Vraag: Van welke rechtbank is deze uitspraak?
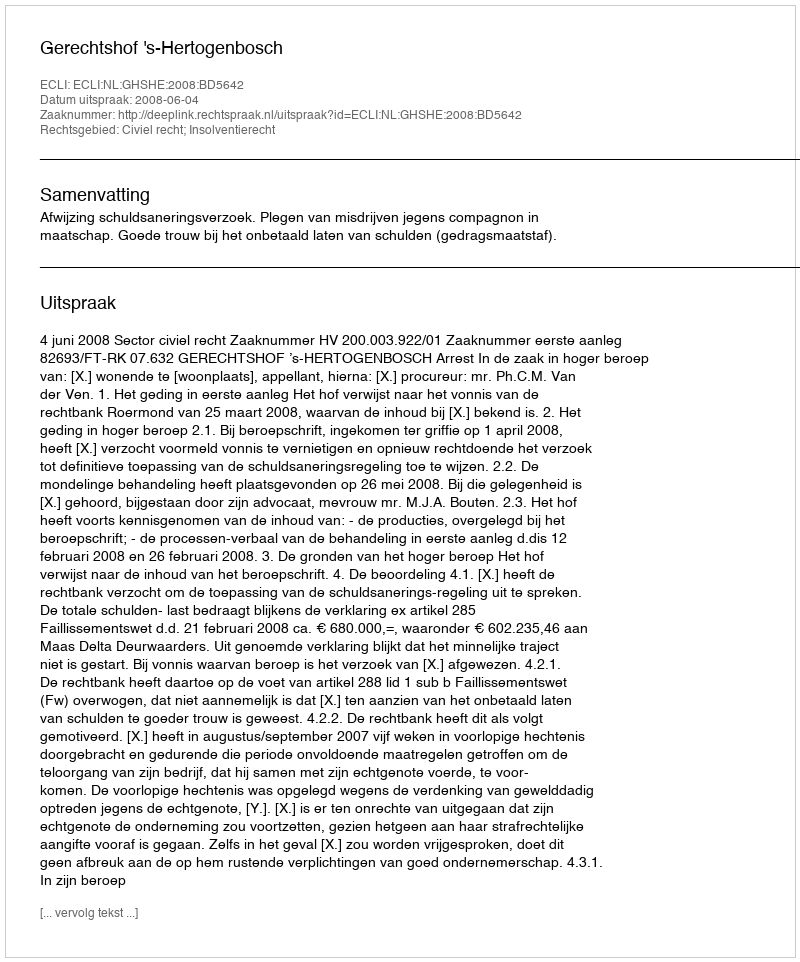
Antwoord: Gerechtshof 's-Hertogenbosch